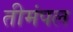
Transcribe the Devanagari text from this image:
तीमंपल